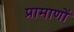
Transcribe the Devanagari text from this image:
प्रामाणों